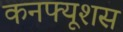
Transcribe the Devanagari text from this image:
कनफ्यूशस